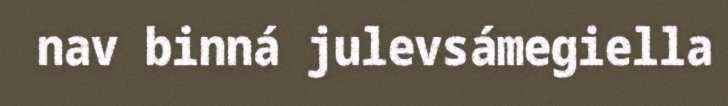
nav binná julevsámegiella